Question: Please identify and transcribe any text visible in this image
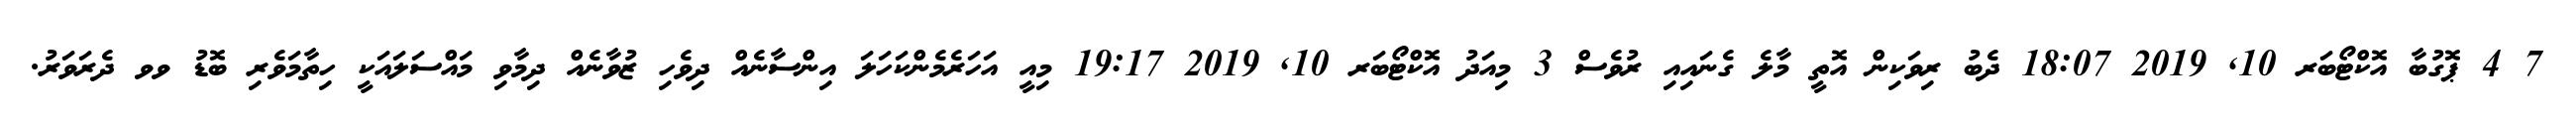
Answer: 7 4 ޕޮގުބާ އޮކްޓޯބަރ 10, 2019 18:07 ދެބު ރިވަކިން އޮތީ މާލެ ގެނައިއި ރުވެސް 3 މިއަދު އޮކްޓޯބަރ 10, 2019 19:17 މިއީ އަހަރެމެންކަހަލަ އިންސާނެއް ދިވެހި ޒުވާނެއް ދިމާވި މައްސަލައަކީ ހިތާމަވެރި ބޮޑު ވވ ދެރަވަރު.